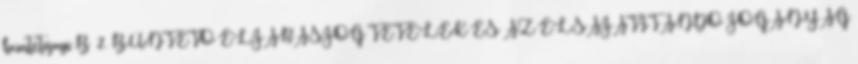
büntetőjogi B 2. BÜNTETŐ ELJÁRÁSJOG TÉTELEK ÉS AZ ELSAJÁTÍTANDÓ JOGANYAG